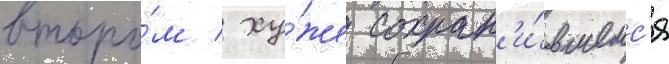
второ́м / ху́же сохран'и́вшемс'я